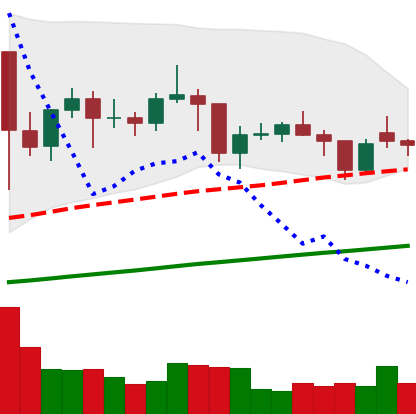
Ticker: LTC-USD
Chart end date: 2021-01-30
Forward return: 8.807%
Label: up_7plus